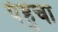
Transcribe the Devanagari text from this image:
पंहुंचा